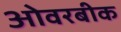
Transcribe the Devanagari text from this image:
ओवरबीक